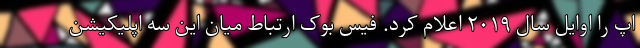
اپ را اوایل سال ۲۰۱۹ اعلام کرد. فیس بوک ارتباط میان این سه اپلیکیشن